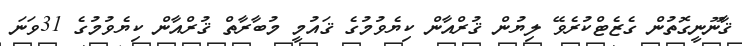
ޤާނޫނީގޮތުން ގެޒެޓްކުރެވޭ ލިޔުން ޤުރްއާން ކިޔެވުމުގެ ޤައުމީ މުބާރާތް ޤުރްއާން ކިޔެވުމުގެ 31ވަނަ